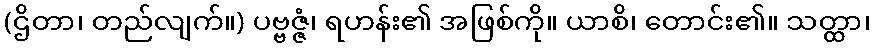
(ဌိတာ၊ တည်လျက်။) ပဗ္ဗဇ္ဇံ၊ ရဟန်း၏ အဖြစ်ကို။ ယာစိ၊ တောင်း၏။ သတ္ထာ၊